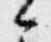
候